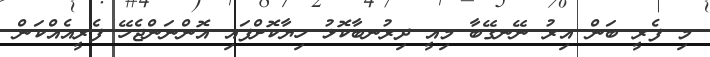
މި ފެރީ ބަން އިރު ނޭނގޭބާ މިއީ ދިރުނބާކޮޅު ހިޔާކޮށްފައި އޮންނަންޖެހޭ ފެރީއެއްކަން